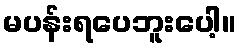
မပန်းရပေဘူးပေါ့။